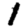
Digit: 1